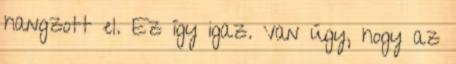
hangzott el. Ez így igaz. Van úgy, hogy az